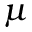
\mu